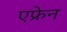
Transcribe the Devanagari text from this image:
एफ्रेन